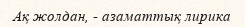
Ақ жолдан, - азаматтық лирика